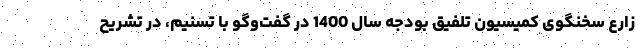
زارع سخنگوی کمیسیون تلفیق بودجه سال 1400 در گفت‌وگو با تسنیم، در تشریح